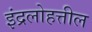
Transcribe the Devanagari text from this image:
इंद्रलोहत्तील